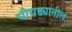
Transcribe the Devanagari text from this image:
चौघड्यातील